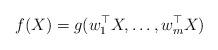
LaTeX: \begin{align*}f(X)=g(w_1^\top X,\ldots,w_m^\top X)\end{align*}